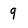
Character: 9